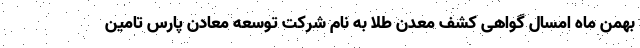
بهمن ماه امسال گواهی کشف معدن طلا به نام شرکت توسعه معادن پارس تامین